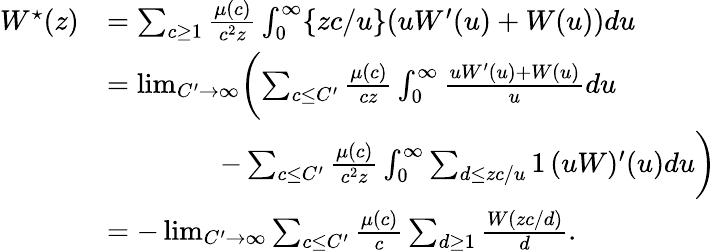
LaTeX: \begin{array}{rl}{W^{\star}(z)}&{=\sum_{c\ge 1}\frac{\mu(c)}{c^{2}z}\int_{0}^{\infty}\{ zc/u\} (uW^{\prime}(u)+W(u))du}\\ &{=\operatorname*{lim}_{C^{\prime}\rightarrow\infty}\biggl(\sum_{c\le C^{\prime}}\frac{\mu(c)}{cz}\int_{0}^{\infty}\frac{uW^{\prime}(u)+W(u)}{u}du}\\ &{\qquad\qquad-\sum_{c\le C^{\prime}}\frac{\mu(c)}{c^{2}z}\int_{0}^{\infty}\sum_{d\le zc/u}1\, (uW)^{\prime}(u)du\biggr)}\\ &{=-\operatorname*{lim}_{C^{\prime}\rightarrow\infty}\sum_{c\le C^{\prime}}\frac{\mu(c)}{c}\sum_{d\ge 1}\frac{W(zc/d)}{d}.}\end{array}